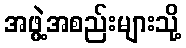
အဖွဲ့အစည်းများသို့